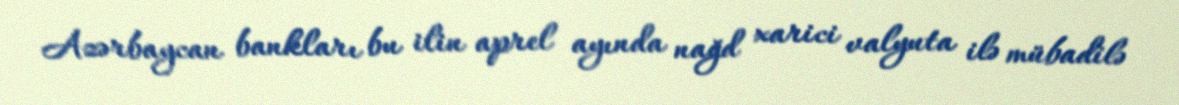
Azərbaycan bankları bu ilin aprel ayında nağd xarici valyuta ilə mübadilə